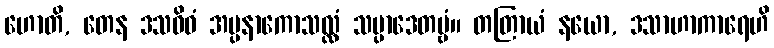
ဟောတိ, တေန ဒသဝိဓံ အပ္ပနာကောသလ္လံ သမ္ပာဒေတဗ္ဗံ။ တတြာယံ နယော, ဒသာဟာကာရေဟိ